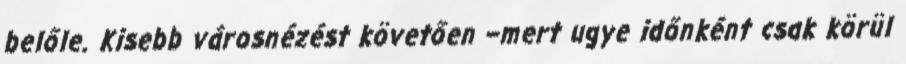
belőle. Kisebb városnézést követően –mert ugye időnként csak körül